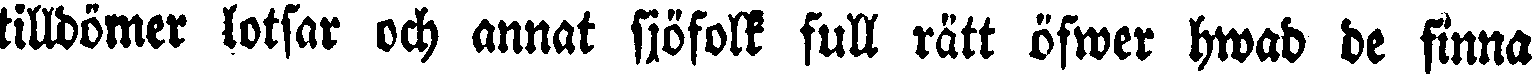
tilldömer lotsar och annat sjöfolk full rätt öfwer hwad de finna